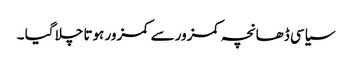
سیاسی ڈھانچہ کمزور سے کمزور ہوتا چلا گیا ۔